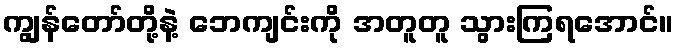
ကျွန်တော်တို့နဲ့ ဘေကျင်းကို အတူတူ သွားကြရအောင်။